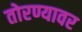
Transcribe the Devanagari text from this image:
तोरण्यावर